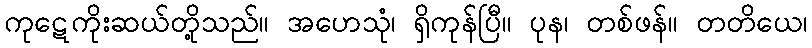
ကုဋေကိုးဆယ်တို့သည်။ အဟေသုံ၊ ရှိကုန်ပြီ။ ပုန၊ တစ်ဖန်။ တတိယေ၊